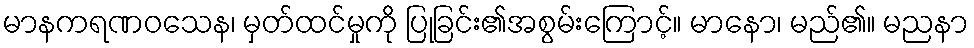
မာနကရဏဝသေန၊ မှတ်ထင်မှုကို ပြုခြင်း၏အစွမ်းကြောင့်။ မာနော၊ မည်၏။ မညနာ